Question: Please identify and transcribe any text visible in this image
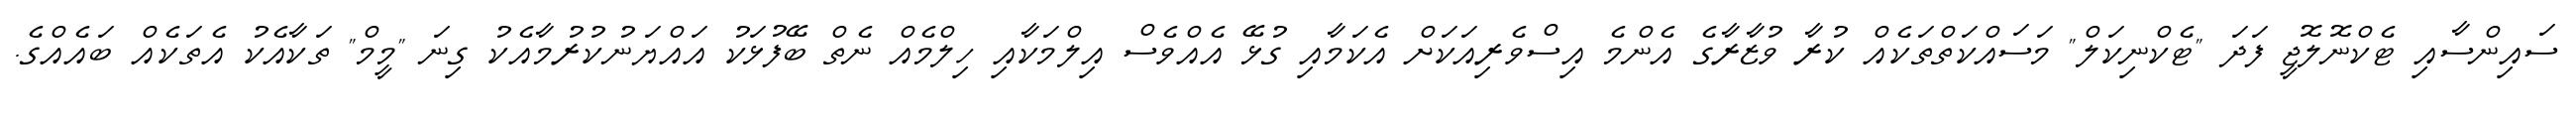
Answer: ސައިންސާއި ޓެކްނޮލޮޖީ ފަދަ "ޓެކްނިކަލް" މަސައްކަތްތަކެއް ކުރާ ވުޒާރާގެ އެންމެ އިސްވެރިއަކަށް އެކަމާއި ގުޅޭ އެއްވެސް އިލްމަކާއި ހިލްމެއް ނެތް ބޭފުޅަކު އައްޔަނުކުރުމާއެކު ގިނަ "މީމް" ތަކާއެކު އެތަކެއް ބައެއްގެ.